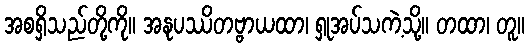
အစရှိသည်တို့ကို။ အနုပဿိတဗ္ဗာယထာ၊ ရှုအပ်သကဲ့သို့။ တထာ၊ တူ။